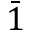
\bar { 1 }